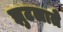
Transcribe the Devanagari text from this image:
झुटलाते